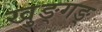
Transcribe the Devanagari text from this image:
खुङ्गङ्